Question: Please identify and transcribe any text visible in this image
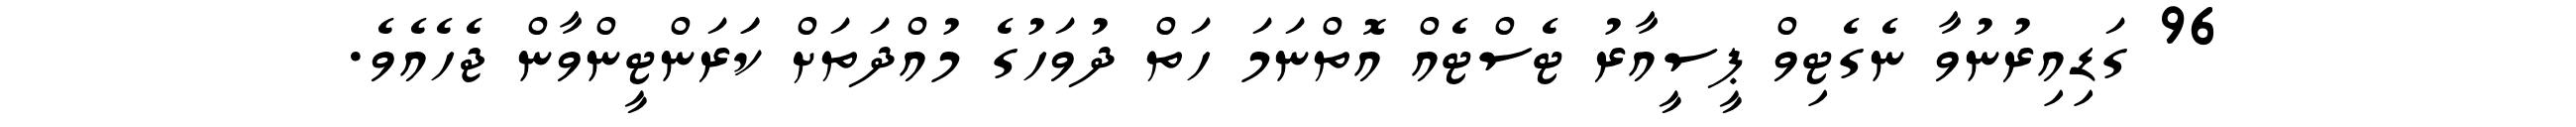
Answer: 96 ގަޑިއިރުނުވާ ނެގެޓިވް ޕީސީއާރު ޓެސްޓެއް އޮތްނަމަ ހަތް ދުވަހުގެ މުއްދަތަށް ކަަރަންޓީންވާން ޖެހެއެވެ.